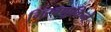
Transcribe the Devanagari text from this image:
मिरवणूकिने